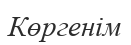
Көргенім